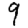
Digit: 9